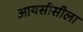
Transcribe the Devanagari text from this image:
आयसीसीला